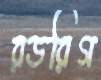
রডরিগ